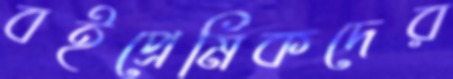
বইপ্রেমিকদের